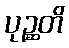
ပုဉ္ဆတိ